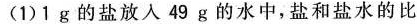
(1)1g的盐放入49g的水中，盐和盐水的比